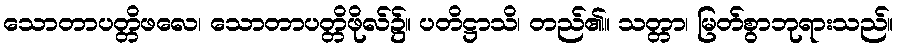
သောတာပတ္တိဖလေ၊ သောတာပတ္တိဖိုလ်၌။ ပတိဋ္ဌာသိ၊ တည်၏။ သတ္တာ၊ မြတ်စွာဘုရားသည်။